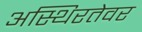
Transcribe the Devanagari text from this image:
अस्थिरतेवर